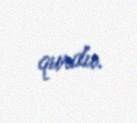
qurdu.